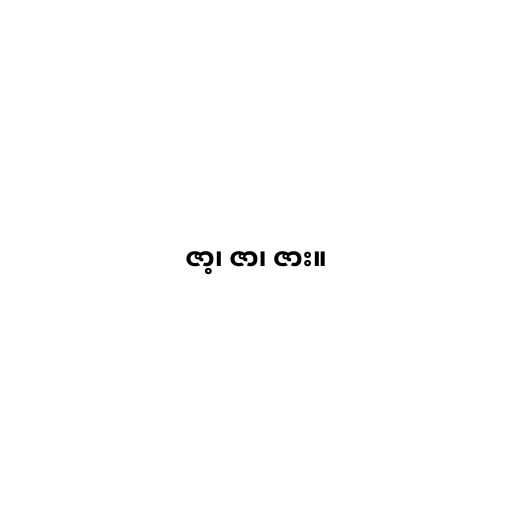
ဇာ့၊ ဇာ၊ ဇား။